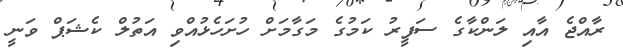
ރާއްޖެ އާއި ލަންކާގެ ސަފީރު ކަމުގެ މަގާމަށް ހުށަހެޅުއްވި އަތުލް ކެޝަޕް ވަނީ